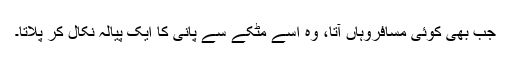
جب بھی کوئی مسافروہاں آتا، وہ اْسے مٹکے سے پانی کا ایک پیالہ نکال کر پلاتا۔